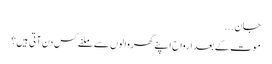
جان ...
موت کے بعد ارواح اپنے گھر والوں سے ملنے کس دن آتی ہیں؟